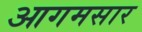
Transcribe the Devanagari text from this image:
आगमसार